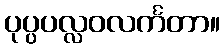
ပုပ္ပပလ္လဝလင်္ကတာ။